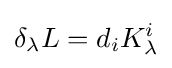
\delta _{\lambda }L=d_{i}K_{\lambda }^{i}